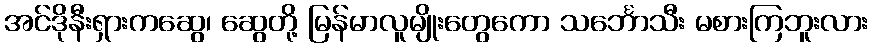
အင်ဒိုနီးရှားကဆွေ၊ ဆွေတို့ မြန်မာလူမျိုးတွေကော သင်္ဘောသီး မစားကြဘူးလား